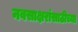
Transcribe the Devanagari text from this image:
नवसाक्षरांसाठीच्या